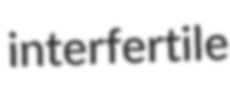
interfertile